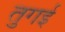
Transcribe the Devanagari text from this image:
तुगई